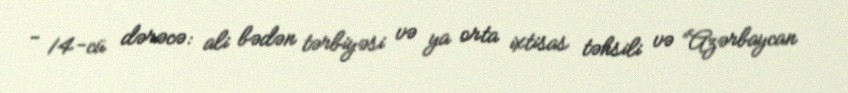
- 14-cü dərəcə: ali bədən tərbiyəsi və ya orta ixtisas təhsili və “Azərbaycan